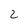
Character: 2